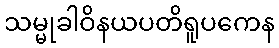
သမ္မုခါဝိနယပတိရူပကေန